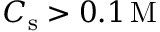
C _ { \mathrm { s } } > 0 . 1 \, \mathrm { M }